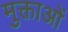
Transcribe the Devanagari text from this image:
मुक्ताओं